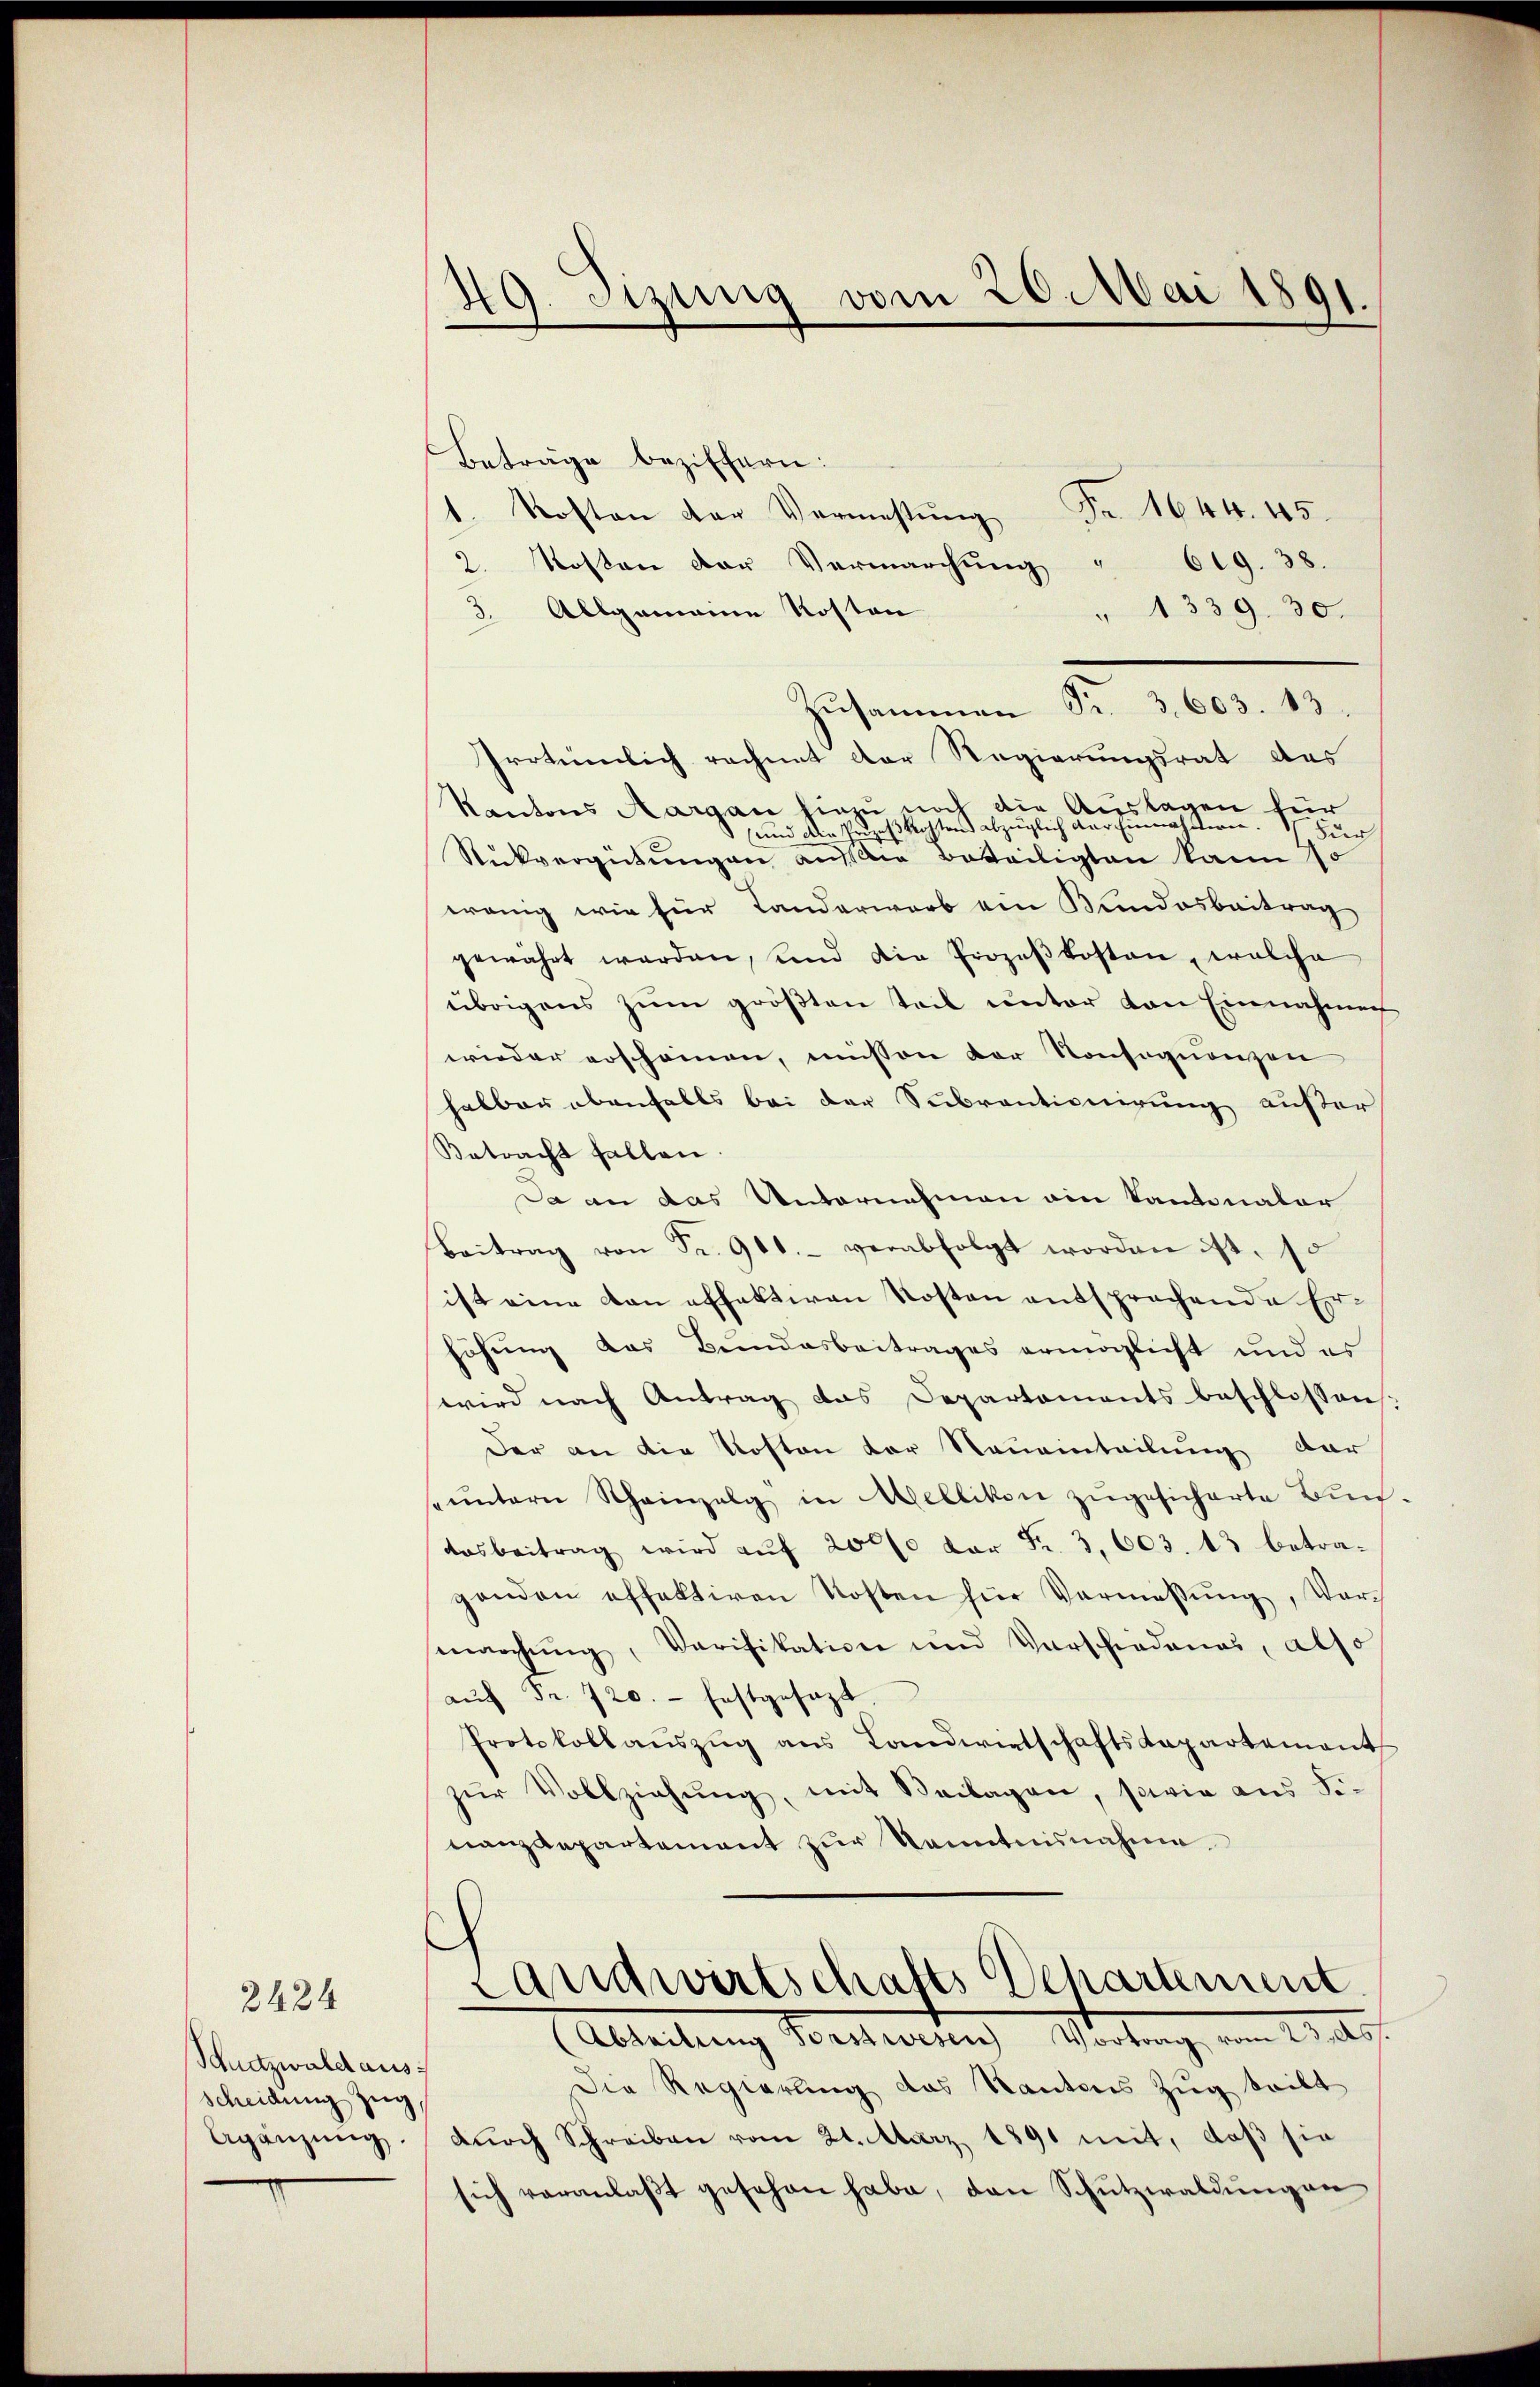
Schutzwald aus:
scheidung Zug,
Agänzung.

2424

49. Sizung vom 20. Mai 1891.
e

Zusammen Fr. 3. 603. 13.

Beträge beziffern:
1. Kosten der Vermestŭng Fr. 1644. 45.
2. Mosten der Vermarchŭng " 619. 38.
3. Allgemeine Kosten
1339. 30.
Irotiemlich rechnet der Regierungsrat des
Kantons Aargau hiezu noch die Auslagen für
(und die Prozeßkosten abzüglich der Einnahmen.
Fur
Rückvergütungen aus Beteiligten kann 10
wenig wie für Landerwarb ein Bundesbeitrag
gewährt werden, und die Prozeβkosten, welche
übrigens zŭm gröβten Teil unter von Einnahmen
wieder erscheinen, müssen der Konsequenzen
halber ebenfalls bei der Subventionirung außer
Betracht fallen.
Da an das Unternehmen ain Kantonator
Beitrag von Fr. 901.- verabfolgt worden ist. 10
ist eine von effektiven Kosten entsprechende Erhöhung das Bundesbeitrages ermöglicht und es
wird nach Antrag das Departements beschlossen
Der an die Kosten der Nauamnteilung dar
ŭntern Scheinzelg in Mellikon zugesicherte Bun¬
Aosbeitrag wird auf 2000 der Fr. 3, 603. 13 betraganden effektiven Kosten für Vermaβŭng, Vor-
marchŭng, Verifikation und Verschiedenes, also
aŭf Fr. 720.- festgesezt.
Protokollaŭszŭg ans Landwirtschaftskapartement
zur Vollziehung, mit Beilagen, sowie aus Sinanzdepartement zur Kenntnisnahme.
e
Landwirtschafts Departement.
(Abteilung Forstwesen Vortrag vom 23. Ass.
Die Regierung das Kantons Zug teilt
durch Schreiben vom 21. März 1891 mit, daß sie
sich veranlaßt gesehen habe, den Schutzwaldungen